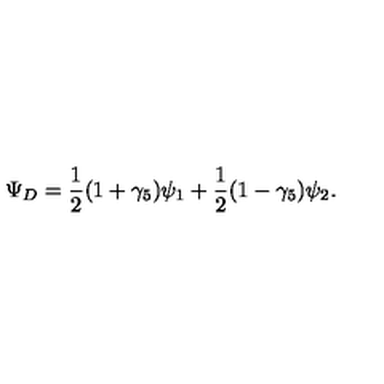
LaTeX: \Psi _ { D } = \frac { 1 } { 2 } ( 1 + \gamma _ { 5 } ) \psi _ { 1 } + \frac { 1 } { 2 } ( 1 - \gamma _ { 5 } ) \psi _ { 2 } .